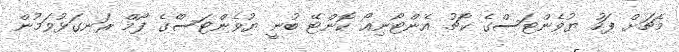
މެޗަށް ފަހު ޔުވެންޓަސްގެ ކޯޗު އެންޓޯނިއޯ ކޮންޓޭ ބުނީ ޔުވެންޓަސްެގެ ފޯމް ރަނގަޅުވަމުން